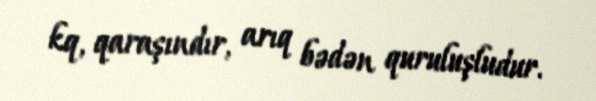
kq, qaraşındır, arıq bədən quruluşludur.